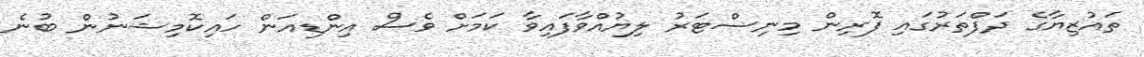
ތައުޒިޔާގެ ދަފްތަރުގައި ފޮރިން މިނިސްޓަރު ލިޔުއްވާފައިވާ ކަމަށް ވެސް އިންޑިއަން ހައިކޮމިޝަނުން ބުނެ